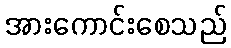
အားကောင်းစေသည်